Medical and sanitary report of the native army of Bengal for the year
Year: 1876
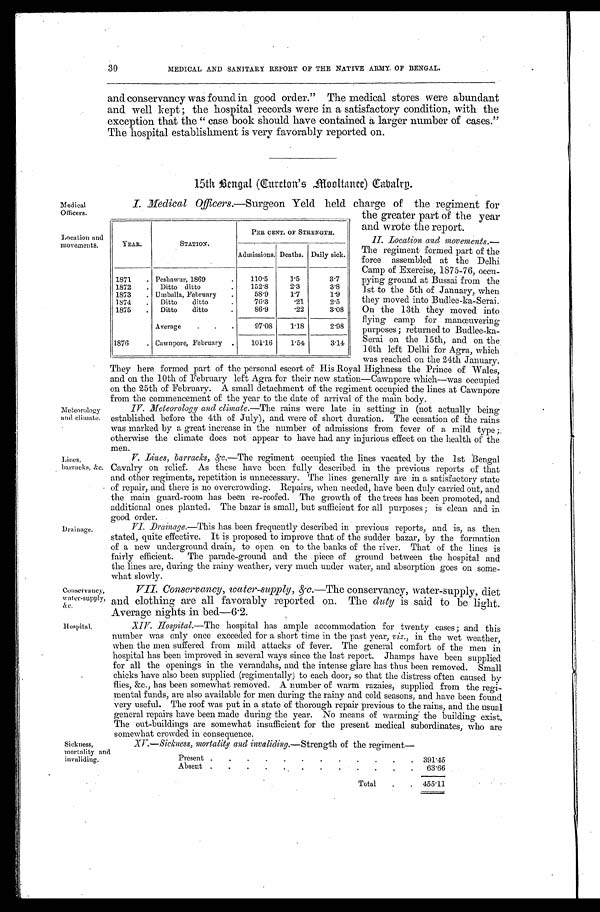
Medical
Officers.
Location and
movements.
Conservancy,
water-supply,
Hospital.
30
MEDICAL AND SANITARY REPORT OF THE NATIVE ARMY OF BENGAL.
and conservancy was found in good order." The medical stores were abundant
and well kept ; the hospital records were in a satisfactory condition, with the
exception that the " case book should have contained a larger number of cases."
The hospital establishment is very favorably reported on.
15th Bengal(Cureton's Mooltanee) Cavalry.
I. _Medical Officers.—Surgeon Yeld held charge of the regiment for
YEAR.
STATION.
PER CENT. OF STRENGTH.
Admissions. Deaths. Daily sick.
1871
. Peshawur, 1869
.
110.5
1.5
3.7
1872
.
Ditto ditto
.
152.8
2.3
3.8
1873
. Umballa, February
.
58.9
1.7
1.9
1874
.
Ditto
ditto
76.3
.21
2.5
1875
.
Ditto
ditto
86.9
.22
3.08
Average
.
.
.
97.08
1.18
2.98
1876
. Cawnpore, February
.
101.16
1.54
3.14
the greater part of the year
and wrote the report.
II. Location and movements.—
The regiment formed part of the
force assembled at the Delhi
Camp of Exercise, 1875-76, occu-
pying ground at Bussai from the
1st to the 5th of January, when
they moved into Budlee-ka-Serai.
On the 13th they moved into
flying camp for manœuvering
purposes ; returned to Budlee-ka-
Serai on the 15th, and on the
16th left Delhi for Agra, which
was reached on the 24th January.
Meteorology
and climate.
Lines,
barracks, &-c.
Drainage.
They here formed part of the personal escort of His Royal Highness the Prince of Wales,
and on the 10th of February left Agra for their new station—Cawnpore which—was occupied
on the 25th of February. A small detachment of the regiment occupied the lines at Cawnpore
from the commencement of the year to the date of arrival of the main body.
IV. Meteorology and climate.—The rains were late in setting in (not actually being
established before the 4th of July), and were of short duration. The cessation of the rains
was Marked by a great increase in the number of admissions from fever of a mild type ;
otherwise the climate does not appear to have had any injurious effect on the health of the
men.
V . Lines, barracks, &c.—The regiment occupied the lines vacated by the 1st Bengal
Cavalry on relief. As these have been fully described in the previous reports of that
and other regiments, repetition is unnecessary. The lines generally are in a satisfactory state
of repair, and there is no overcrowding. Repairs, when needed, have been duly carried out, and
the main guard-room has been re-roofed. The growth of the trees has been promoted, and
additional ones planted. The bazar is small, but sufficient for all purposes ; is clean and in
good order.
V I .
D r a i n a g e . —
T h i s
h a s b e e n f r e q u e n t l y d e s c r i b e d i n p r e v i o u s r e p o r t s , a n d i s , a s t h e n
stated, quite effective. It is proposed to improve that of the sudder bazar, by the formation
of a new underground drain, to open on to the banks of the river. That of the lines is
fairly efficient. The parade-ground and the piece of ground between the hospital and
the lines are, during the rainy weather, very much under water, and absorption goes on some-
what slowly.
VII. Conservancy, water-supply, &c.—The conservancy, water-supply, diet
and clothing are all favorably reported on. The duty is said to be light.
Average nights in bed—6.2.
XIV. Hospital.—The hospital has ample accommodation for twenty cases; and this
number was only once exceeded for a short time in the past year, viz., in the wet weather,
when the men suffered from mild attacks of fever. The general comfort of the men in
hospital has been improved in several ways since the last report. Jhamps have been supplied
for all the openings in the verandahs, and the intense glare has thus been removed. Small
chicks have also been supplied (regimentally) to each door, so that the distress often caused by
flies, &c., has been somewhat removed. A number of warm razaies, supplied from the regi-
mental funds, are also available for men during the rainy and cold seasons, and have been found
very useful. The roof was put in a state of thorough repair previous to the rains, and the usual
general repairs have been made during the year. No means of warming the building exist.
The out-buildings are somewhat insufficient for the present medical subordinates, who are
somewhat crowded in consequence.
Sickness,
mortality and
invaliding.
XV.—Sickness, mortality and invaliding. —Strength of the regiment—
Present .
. . . . . . . . . . .
391.45
Absent .
.
.
.
.
.
.
.
.
.
.
63.66
Total
.
.
455.11